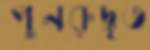
পুনরুদ্ধৃত